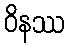
ဝိနဿ